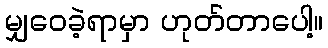
မျှဝေခဲ့ရာမှာ ဟုတ်တာပေါ့။